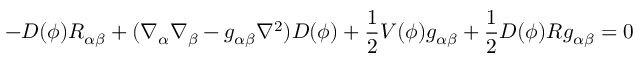
- D ( \phi ) R _ { \alpha \beta } + ( \nabla _ { \alpha } \nabla _ { \beta } - g _ { \alpha \beta } \nabla ^ { 2 } ) D ( \phi ) + \frac { 1 } { 2 } V ( \phi ) g _ { \alpha \beta } + \frac { 1 } { 2 } D ( \phi ) R g _ { \alpha \beta } = 0